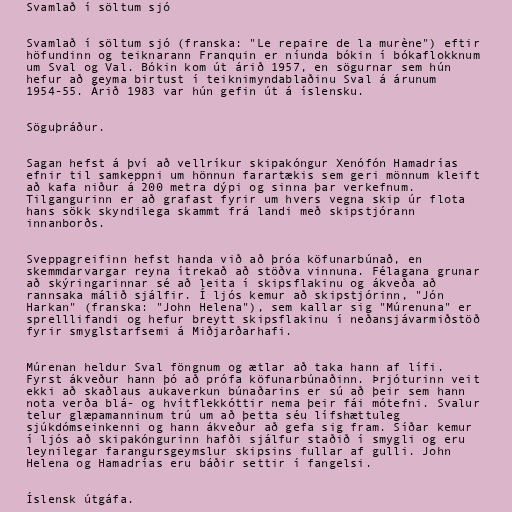
Svamlað í söltum sjó

Svamlað í söltum sjó (franska: "Le repaire de la murène") eftir
höfundinn og teiknarann Franquin er níunda bókin í bókaflokknum
um Sval og Val. Bókin kom út árið 1957, en sögurnar sem hún
hefur að geyma birtust í teiknimyndablaðinu Sval á árunum
1954-55. Árið 1983 var hún gefin út á íslensku.

Söguþráður.

Sagan hefst á því að vellríkur skipakóngur Xenófón Hamadrías
efnir til samkeppni um hönnun farartækis sem geri mönnum kleift
að kafa niður á 200 metra dýpi og sinna þar verkefnum.
Tilgangurinn er að grafast fyrir um hvers vegna skip úr flota
hans sökk skyndilega skammt frá landi með skipstjórann
innanborðs.

Sveppagreifinn hefst handa við að þróa köfunarbúnað, en
skemmdarvargar reyna ítrekað að stöðva vinnuna. Félagana grunar
að skýringarinnar sé að leita í skipsflakinu og ákveða að
rannsaka málið sjálfir. Í ljós kemur að skipstjórinn, "Jón
Harkan" (franska: "John Helena"), sem kallar sig "Múrenuna" er
sprelllifandi og hefur breytt skipsflakinu í neðansjávarmiðstöð
fyrir smyglstarfsemi á Miðjarðarhafi.

Múrenan heldur Sval föngnum og ætlar að taka hann af lífi.
Fyrst ákveður hann þó að prófa köfunarbúnaðinn. Þrjóturinn veit
ekki að skaðlaus aukaverkun búnaðarins er sú að þeir sem hann
nota verða blá- og hvítflekkóttir nema þeir fái mótefni. Svalur
telur glæpamanninum trú um að þetta séu lífshættuleg
sjúkdómseinkenni og hann ákveður að gefa sig fram. Síðar kemur
í ljós að skipakóngurinn hafði sjálfur staðið í smygli og eru
leynilegar farangursgeymslur skipsins fullar af gulli. John
Helena og Hamadrías eru báðir settir í fangelsi.

Íslensk útgáfa.